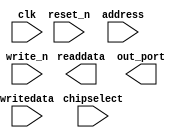
module nios_tx_rst_pll_pio (
		input  wire        clk,        //                 clk.clk
		input  wire        reset_n,    //               reset.reset_n
		input  wire [1:0]  address,    //                  s1.address
		input  wire        write_n,    //                    .write_n
		input  wire [31:0] writedata,  //                    .writedata
		input  wire        chipselect, //                    .chipselect
		output wire [31:0] readdata,   //                    .readdata
		output wire        out_port    // external_connection.export
	);
endmodule